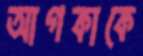
আগকাকে